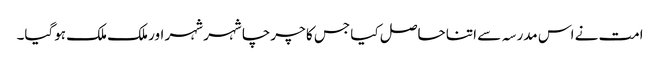
امت نے اس مدرسہ سے اتنا حاصل کیا جس کا چرچا شہر شہر اور ملک ملک ہوگیا۔